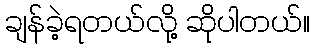
ချန်ခဲ့ရတယ်လို့ ဆိုပါတယ်။